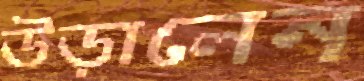
উড়ালেন